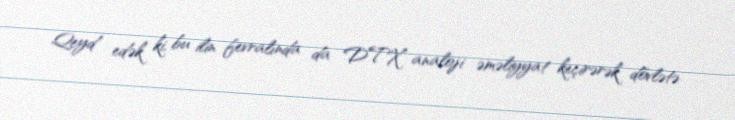
Qeyd edək ki, bu ilin fevralında da DTX analoji əməliyyat keçirərək dövlətə